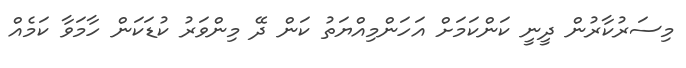
މިސަރުކާރުން ދީނީ ކަންކަމަށް އަހަންމިއްޔަތު ކަން ދޭ މިންވަރު ކުޑަކަން ހާމަވާ ކަމެއް